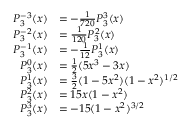
{ \begin{array} { r l } { P _ { 3 } ^ { - 3 } ( x ) } & { = - { \frac { 1 } { 7 2 0 } } P _ { 3 } ^ { 3 } ( x ) } \\ { P _ { 3 } ^ { - 2 } ( x ) } & { = { \frac { 1 } { 1 2 0 } } P _ { 3 } ^ { 2 } ( x ) } \\ { P _ { 3 } ^ { - 1 } ( x ) } & { = - { \frac { 1 } { 1 2 } } P _ { 3 } ^ { 1 } ( x ) } \\ { P _ { 3 } ^ { 0 } ( x ) } & { = { \frac { 1 } { 2 } } ( 5 x ^ { 3 } - 3 x ) } \\ { P _ { 3 } ^ { 1 } ( x ) } & { = { \frac { 3 } { 2 } } ( 1 - 5 x ^ { 2 } ) ( 1 - x ^ { 2 } ) ^ { 1 / 2 } } \\ { P _ { 3 } ^ { 2 } ( x ) } & { = 1 5 x ( 1 - x ^ { 2 } ) } \\ { P _ { 3 } ^ { 3 } ( x ) } & { = - 1 5 ( 1 - x ^ { 2 } ) ^ { 3 / 2 } } \end{array} }